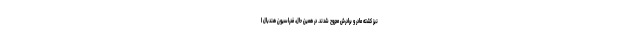
نیز کشته مادر و برادرش مجروح شدند. در همین حال، فدراسیون هندبال ا